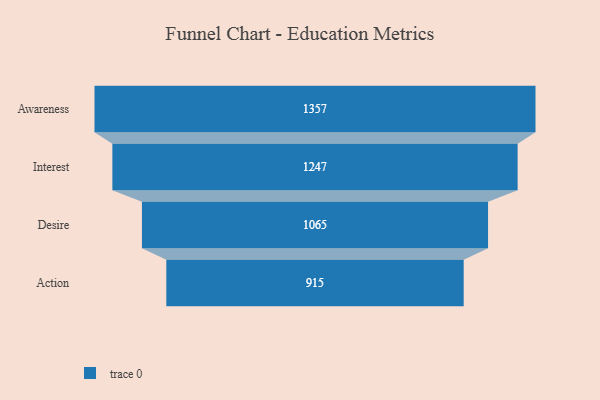
{"axis": {"x": "Stage", "y": "Value"}, "legend": [""], "data": [{"x": "Awareness", "y": 1357.0, "type": ""}, {"x": "Interest", "y": 1247.0, "type": ""}, {"x": "Desire", "y": 1065.0, "type": ""}, {"x": "Action", "y": 915.0, "type": ""}]}